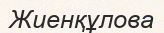
Жиенқұлова